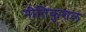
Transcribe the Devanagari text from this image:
नीतिकुशल